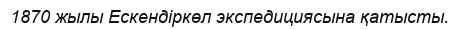
1870 жылы Ескендіркөл экспедициясына қатысты.